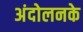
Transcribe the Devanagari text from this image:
अंदोलनके